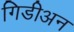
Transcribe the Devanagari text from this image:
गिडीअन